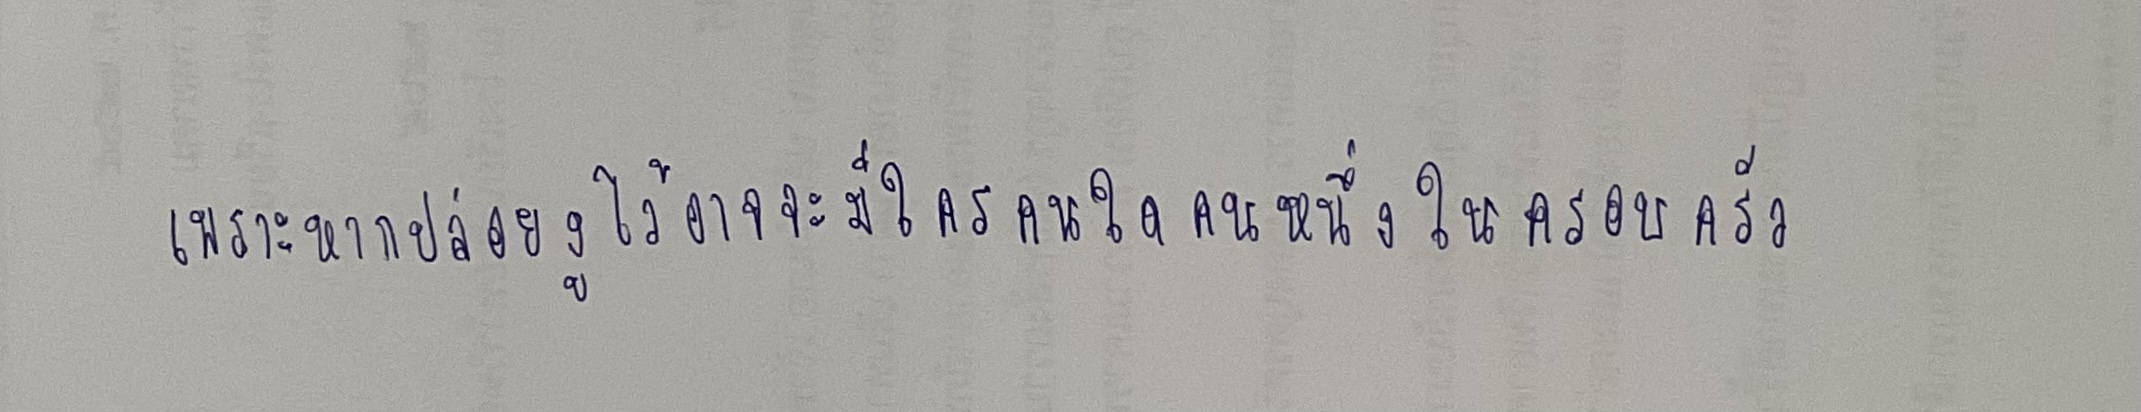
เพราะหากปล่อยงูไว้อาจจะมีใครคนใดคนหนึ่งในครอบครัว